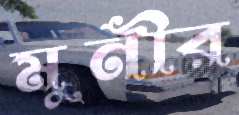
মুনীর